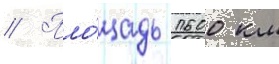
// Пло́щадь 1600 км